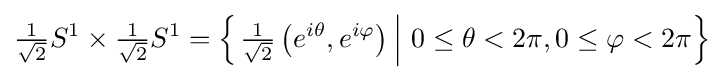
{\tfrac {1}{\sqrt {2}}}S^{1}\times {\tfrac {1}{\sqrt {2}}}S^{1}=\left\{\left.{\tfrac {1}{\sqrt {2}}}\left(e^{i\theta },e^{i\varphi }\right)\,\right|\,0\leq \theta <2\pi ,0\leq \varphi <2\pi \right\}